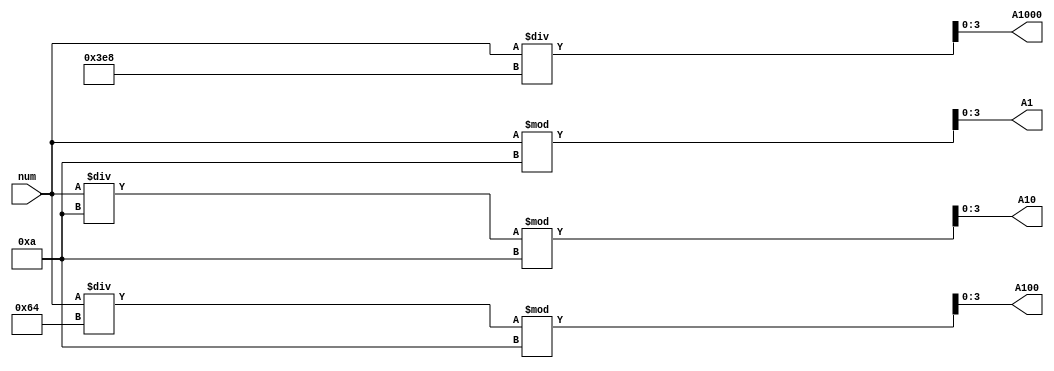
module break(
input [14:0] num,
output  [3:0] A1000, A100, A10, A1
    );
    /*
reg [14:0] num_str = 0;
always @(*) begin
    num_str = num;
end*/

assign A1=num%10;
assign A10=(num/10)%10;
assign A100=(num/100)%10;
assign A1000=(num/1000);


endmodule